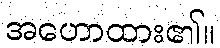
အဟောထား၏။